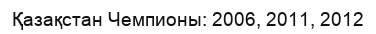
Қазақстан Чемпионы: 2006, 2011, 2012